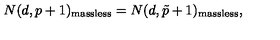
N ( d , p + 1 ) _ { \mathrm { m a s s l e s s } } = N ( d , \tilde { p } + 1 ) _ { \mathrm { m a s s l e s s } } ,